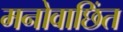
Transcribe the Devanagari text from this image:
मनोवाछिंत